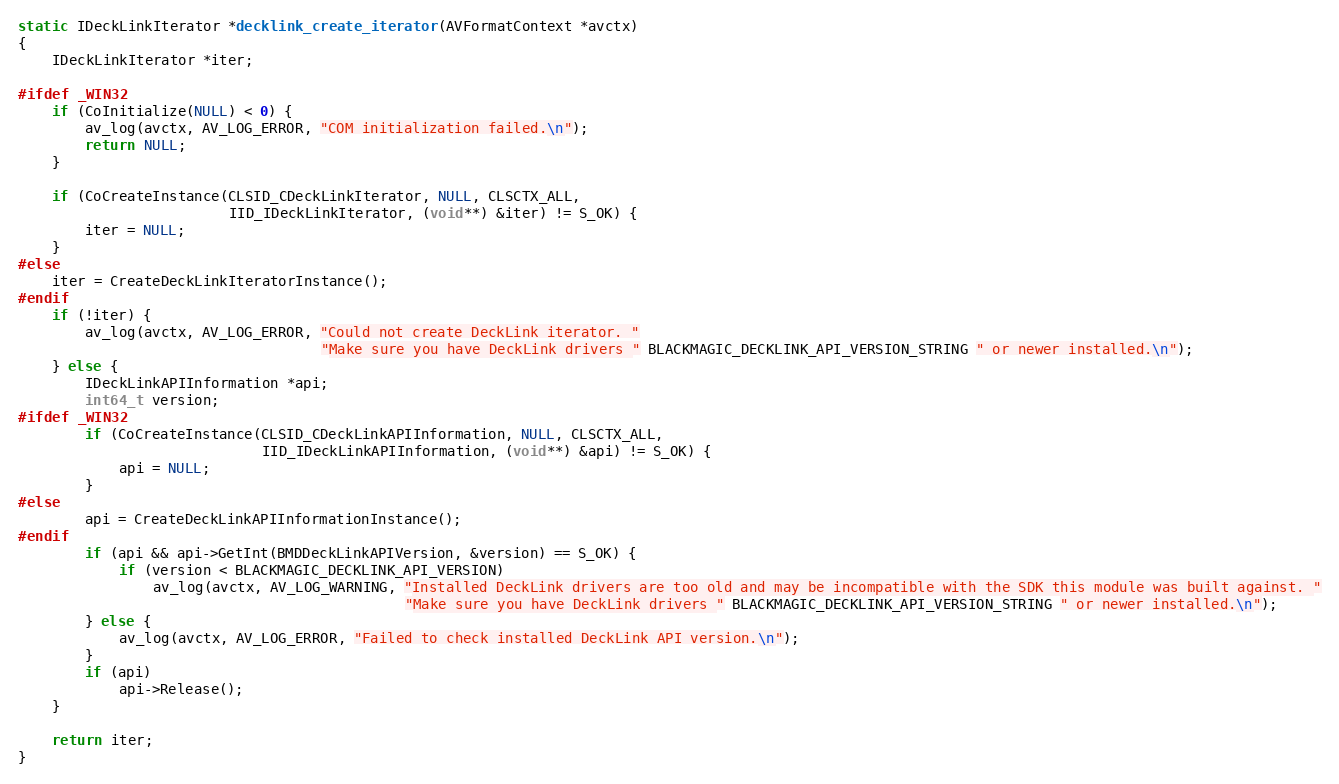
Language: C++
static IDeckLinkIterator *decklink_create_iterator(AVFormatContext *avctx)
{
    IDeckLinkIterator *iter;

#ifdef _WIN32
    if (CoInitialize(NULL) < 0) {
        av_log(avctx, AV_LOG_ERROR, "COM initialization failed.\n");
        return NULL;
    }

    if (CoCreateInstance(CLSID_CDeckLinkIterator, NULL, CLSCTX_ALL,
                         IID_IDeckLinkIterator, (void**) &iter) != S_OK) {
        iter = NULL;
    }
#else
    iter = CreateDeckLinkIteratorInstance();
#endif
    if (!iter) {
        av_log(avctx, AV_LOG_ERROR, "Could not create DeckLink iterator. "
                                    "Make sure you have DeckLink drivers " BLACKMAGIC_DECKLINK_API_VERSION_STRING " or newer installed.\n");
    } else {
        IDeckLinkAPIInformation *api;
        int64_t version;
#ifdef _WIN32
        if (CoCreateInstance(CLSID_CDeckLinkAPIInformation, NULL, CLSCTX_ALL,
                             IID_IDeckLinkAPIInformation, (void**) &api) != S_OK) {
            api = NULL;
        }
#else
        api = CreateDeckLinkAPIInformationInstance();
#endif
        if (api && api->GetInt(BMDDeckLinkAPIVersion, &version) == S_OK) {
            if (version < BLACKMAGIC_DECKLINK_API_VERSION)
                av_log(avctx, AV_LOG_WARNING, "Installed DeckLink drivers are too old and may be incompatible with the SDK this module was built against. "
                                              "Make sure you have DeckLink drivers " BLACKMAGIC_DECKLINK_API_VERSION_STRING " or newer installed.\n");
        } else {
            av_log(avctx, AV_LOG_ERROR, "Failed to check installed DeckLink API version.\n");
        }
        if (api)
            api->Release();
    }

    return iter;
}